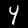
Digit: 4